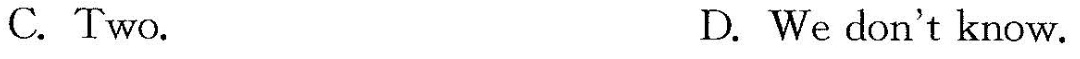
C. Two. D. We don't know.